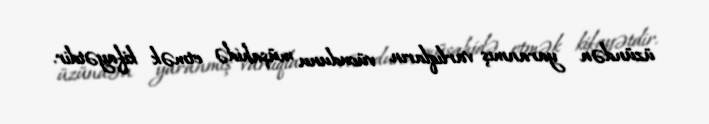
üzündən yaranmış varlıqların vücudunu müşahidə etmək kifayətdir.